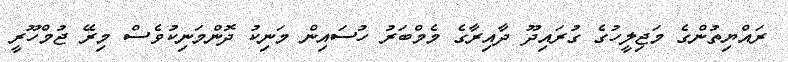
ރައްޔިތުންގެ މަޖިލީހުގެ ގުރައިދޫ ދާއިރާގެ މެމްބަރު ހުސައިން މަނިކު ދޮންމަނިކުވެސް މިރޭ ޖުމްހޫރީ